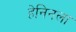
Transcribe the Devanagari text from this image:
हेनिनला